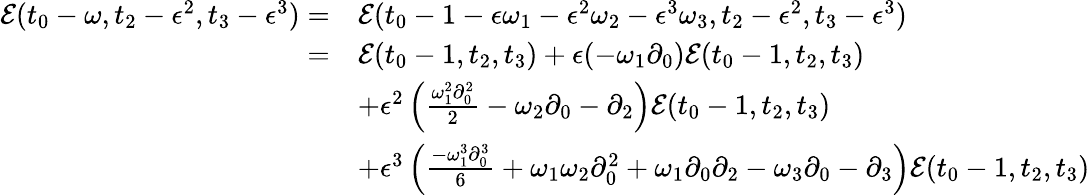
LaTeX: \begin{array}{rl}{\mathcal{E}(t_{0}-\omega,t_{2}-\epsilon^{2},t_{3}-\epsilon^{3})=}&{\mathcal{E}(t_{0}-1-\epsilon\omega_{1}-\epsilon^{2}\omega_{2}-\epsilon^{3}\omega_{3},t_{2}-\epsilon^{2},t_{3}-\epsilon^{3})}\\ {=}&{\mathcal{E}(t_{0}-1,t_{2},t_{3})+\epsilon(-\omega_{1}\partial_{0})\mathcal{E}(t_{0}-1,t_{2},t_{3})}\\ &{+\epsilon^{2}\left(\frac{\omega_{1}^{2}\partial_{0}^{2}}{2}-\omega_{2}\partial_{0}-\partial_{2}\right)\mathcal{E}(t_{0}-1,t_{2},t_{3})}\\ &{+\epsilon^{3}\left(\frac{-\omega_{1}^{3}\partial_{0}^{3}}{6}+\omega_{1}\omega_{2}\partial_{0}^{2}+\omega_{1}\partial_{0}\partial_{2}-\omega_{3}\partial_{0}-\partial_{3}\right)\mathcal{E}(t_{0}-1,t_{2},t_{3})}\end{array}